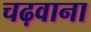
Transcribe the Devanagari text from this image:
चढ़वाना